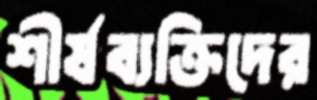
শীর্ষব্যক্তিদের